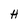
Character: H